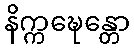
နိက္ကဍ္ဎေန္တော